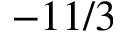
- 1 1 / 3